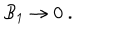
LaTeX: { \cal B } _ { 1 } \rightarrow 0 \ .